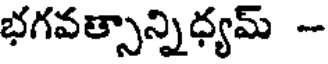
భగవత్సాన్నిధ్యమ్ -